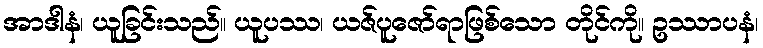
အာဒါနံ၊ ယူခြင်းသည်။ ယူပဿ၊ ယဇ်ပူဇော်ရာဖြစ်သော တိုင်ကို။ ဥဿာပနံ၊